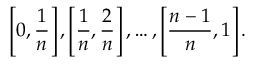
\left[ 0 , { \frac { 1 } { n } } \right] , \left[ { \frac { 1 } { n } } , { \frac { 2 } { n } } \right] , \ldots , \left[ { \frac { n - 1 } { n } } , 1 \right] .